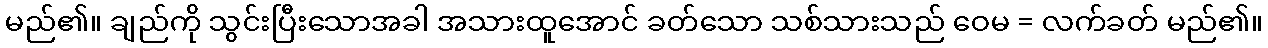
မည်၏။ ချည်ကို သွင်းပြီးသောအခါ အသားထူအောင် ခတ်သော သစ်သားသည် ဝေမ = လက်ခတ် မည်၏။